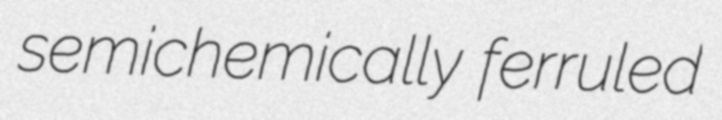
semichemically ferruled